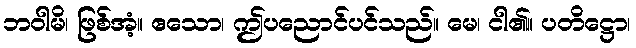
ဘဝါမိ၊ ဖြစ်အံ့။ ဧသော၊ ဤပညောင်ပင်သည်။ မေ၊ ငါ၏။ ပတိဋ္ဌော၊